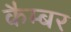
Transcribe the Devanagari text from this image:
कैम्बर